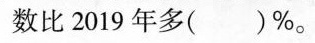
数比2019年多( )%。